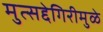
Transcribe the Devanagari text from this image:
मुत्सद्देगिरीमुळे